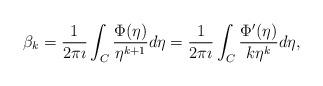
LaTeX: \begin{align*}\beta_{k} = \frac{1}{2 \pi \imath} \int_{C} \frac{\Phi(\eta)}{\eta^{k+1}} d \eta = \frac{1}{2 \pi \imath } \int_{C} \frac{\Phi'(\eta)}{k \eta^{k}} d \eta,\end{align*}